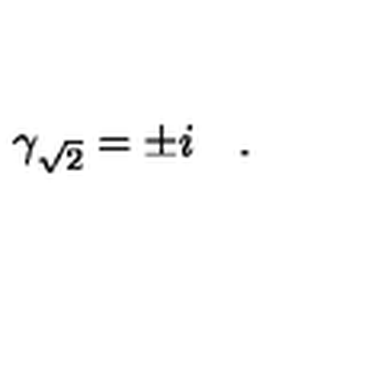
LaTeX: \gamma _ { \sqrt { 2 } } = \pm i \quad .